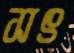
সৎ